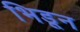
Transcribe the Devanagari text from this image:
भिडून